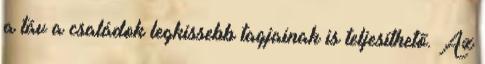
a táv a családok legkissebb tagjainak is teljesíthető. Az